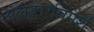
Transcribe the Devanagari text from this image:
अलङ्कारविमर्श